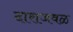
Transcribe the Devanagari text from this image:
दाराजवळ